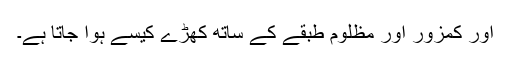
اور کمزور اور مظلوم طبقے کے ساتھ کھڑے کیسے ہوا جاتا ہے۔